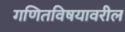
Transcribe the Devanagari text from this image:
गणितविषयावरील